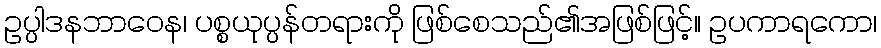
ဥပ္ပါဒနဘာဝေန၊ ပစ္စယုပ္ပန်တရားကို ဖြစ်စေသည်၏အဖြစ်ဖြင့်။ ဥပကာရကော၊